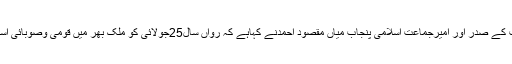
27 مئی2018ء) متحدہ مجلس عمل پنجاب کے صدر اور امیرجماعت اسلامی پنجاب میاں مقصود احمدنے کہاہے کہ رواں سال25جولائی کو ملک بھر میں قومی وصوبائی اسمبلیوں کے انتخابات کااعلان خوش آئندہے۔